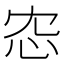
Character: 𢗐